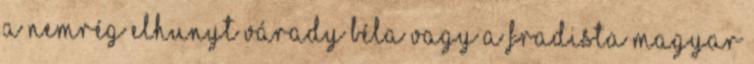
a nemrég elhunyt Várady Béla vagy a fradista Magyar